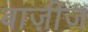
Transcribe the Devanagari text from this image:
बाज़ीज